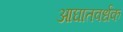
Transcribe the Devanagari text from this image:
आघातवर्धक